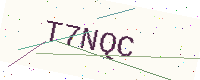
Text: T7NQC